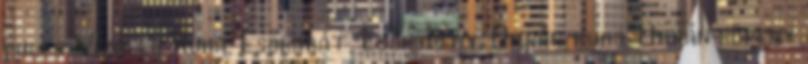
kulcs Vízálló Ruha, Esőkabát, Esőköpeny, Orkán ruha, Orkán köpeny